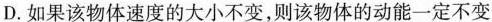
D.如果该物体速度的大小不变，则该物体的动能一定不变